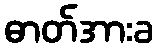
ဓာတ်အားခ